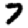
Digit: 7